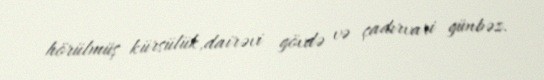
hörülmüş kürsülük,dairəvi gövdə və çadırvari günbəz.